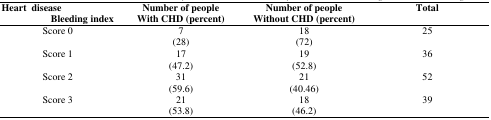
<table><thead><tr><td><b>Heart disease</b></td><td></td><td></td><td></td></tr><tr><td><b>Bleeding index</b></td><td><b>Number of people With CHD (percent)</b></td><td><b>Number of people Without CHD (percent)</b></td><td><b>Total</b></td></tr></thead><tbody><tr><td>Score 0</td><td>7</td><td>18</td><td>25</td></tr><tr><td></td><td>(28)</td><td>(72)</td><td></td></tr><tr><td>Score 1</td><td>17</td><td>19</td><td>36</td></tr><tr><td></td><td>(47.2)</td><td>(52.8)</td><td></td></tr><tr><td>Score 2</td><td>31</td><td>21</td><td>52</td></tr><tr><td></td><td>(59.6)</td><td>(40.46)</td><td></td></tr><tr><td>Score 3</td><td>21</td><td>18</td><td>39</td></tr><tr><td></td><td>(53.8)</td><td>(46.2)</td><td></td></tr></tbody></table>